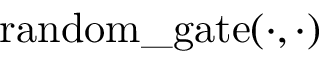
\mathrm { r a n d o m \_ g a t e } ( \cdot , \cdot )